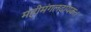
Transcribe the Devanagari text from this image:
महीमंगलदायकः।